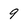
Character: 9